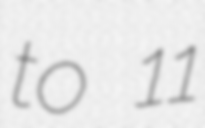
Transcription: to 11